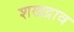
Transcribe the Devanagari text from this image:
शखद्राव